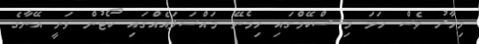
މިހާރު ވެސް ހަމަ މި ސްކޭމްގައި ހިމެނޭ މައްސަލައެއްގައި ކޯޓުން ވަނީ އޭނާގެ